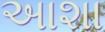
અાશા